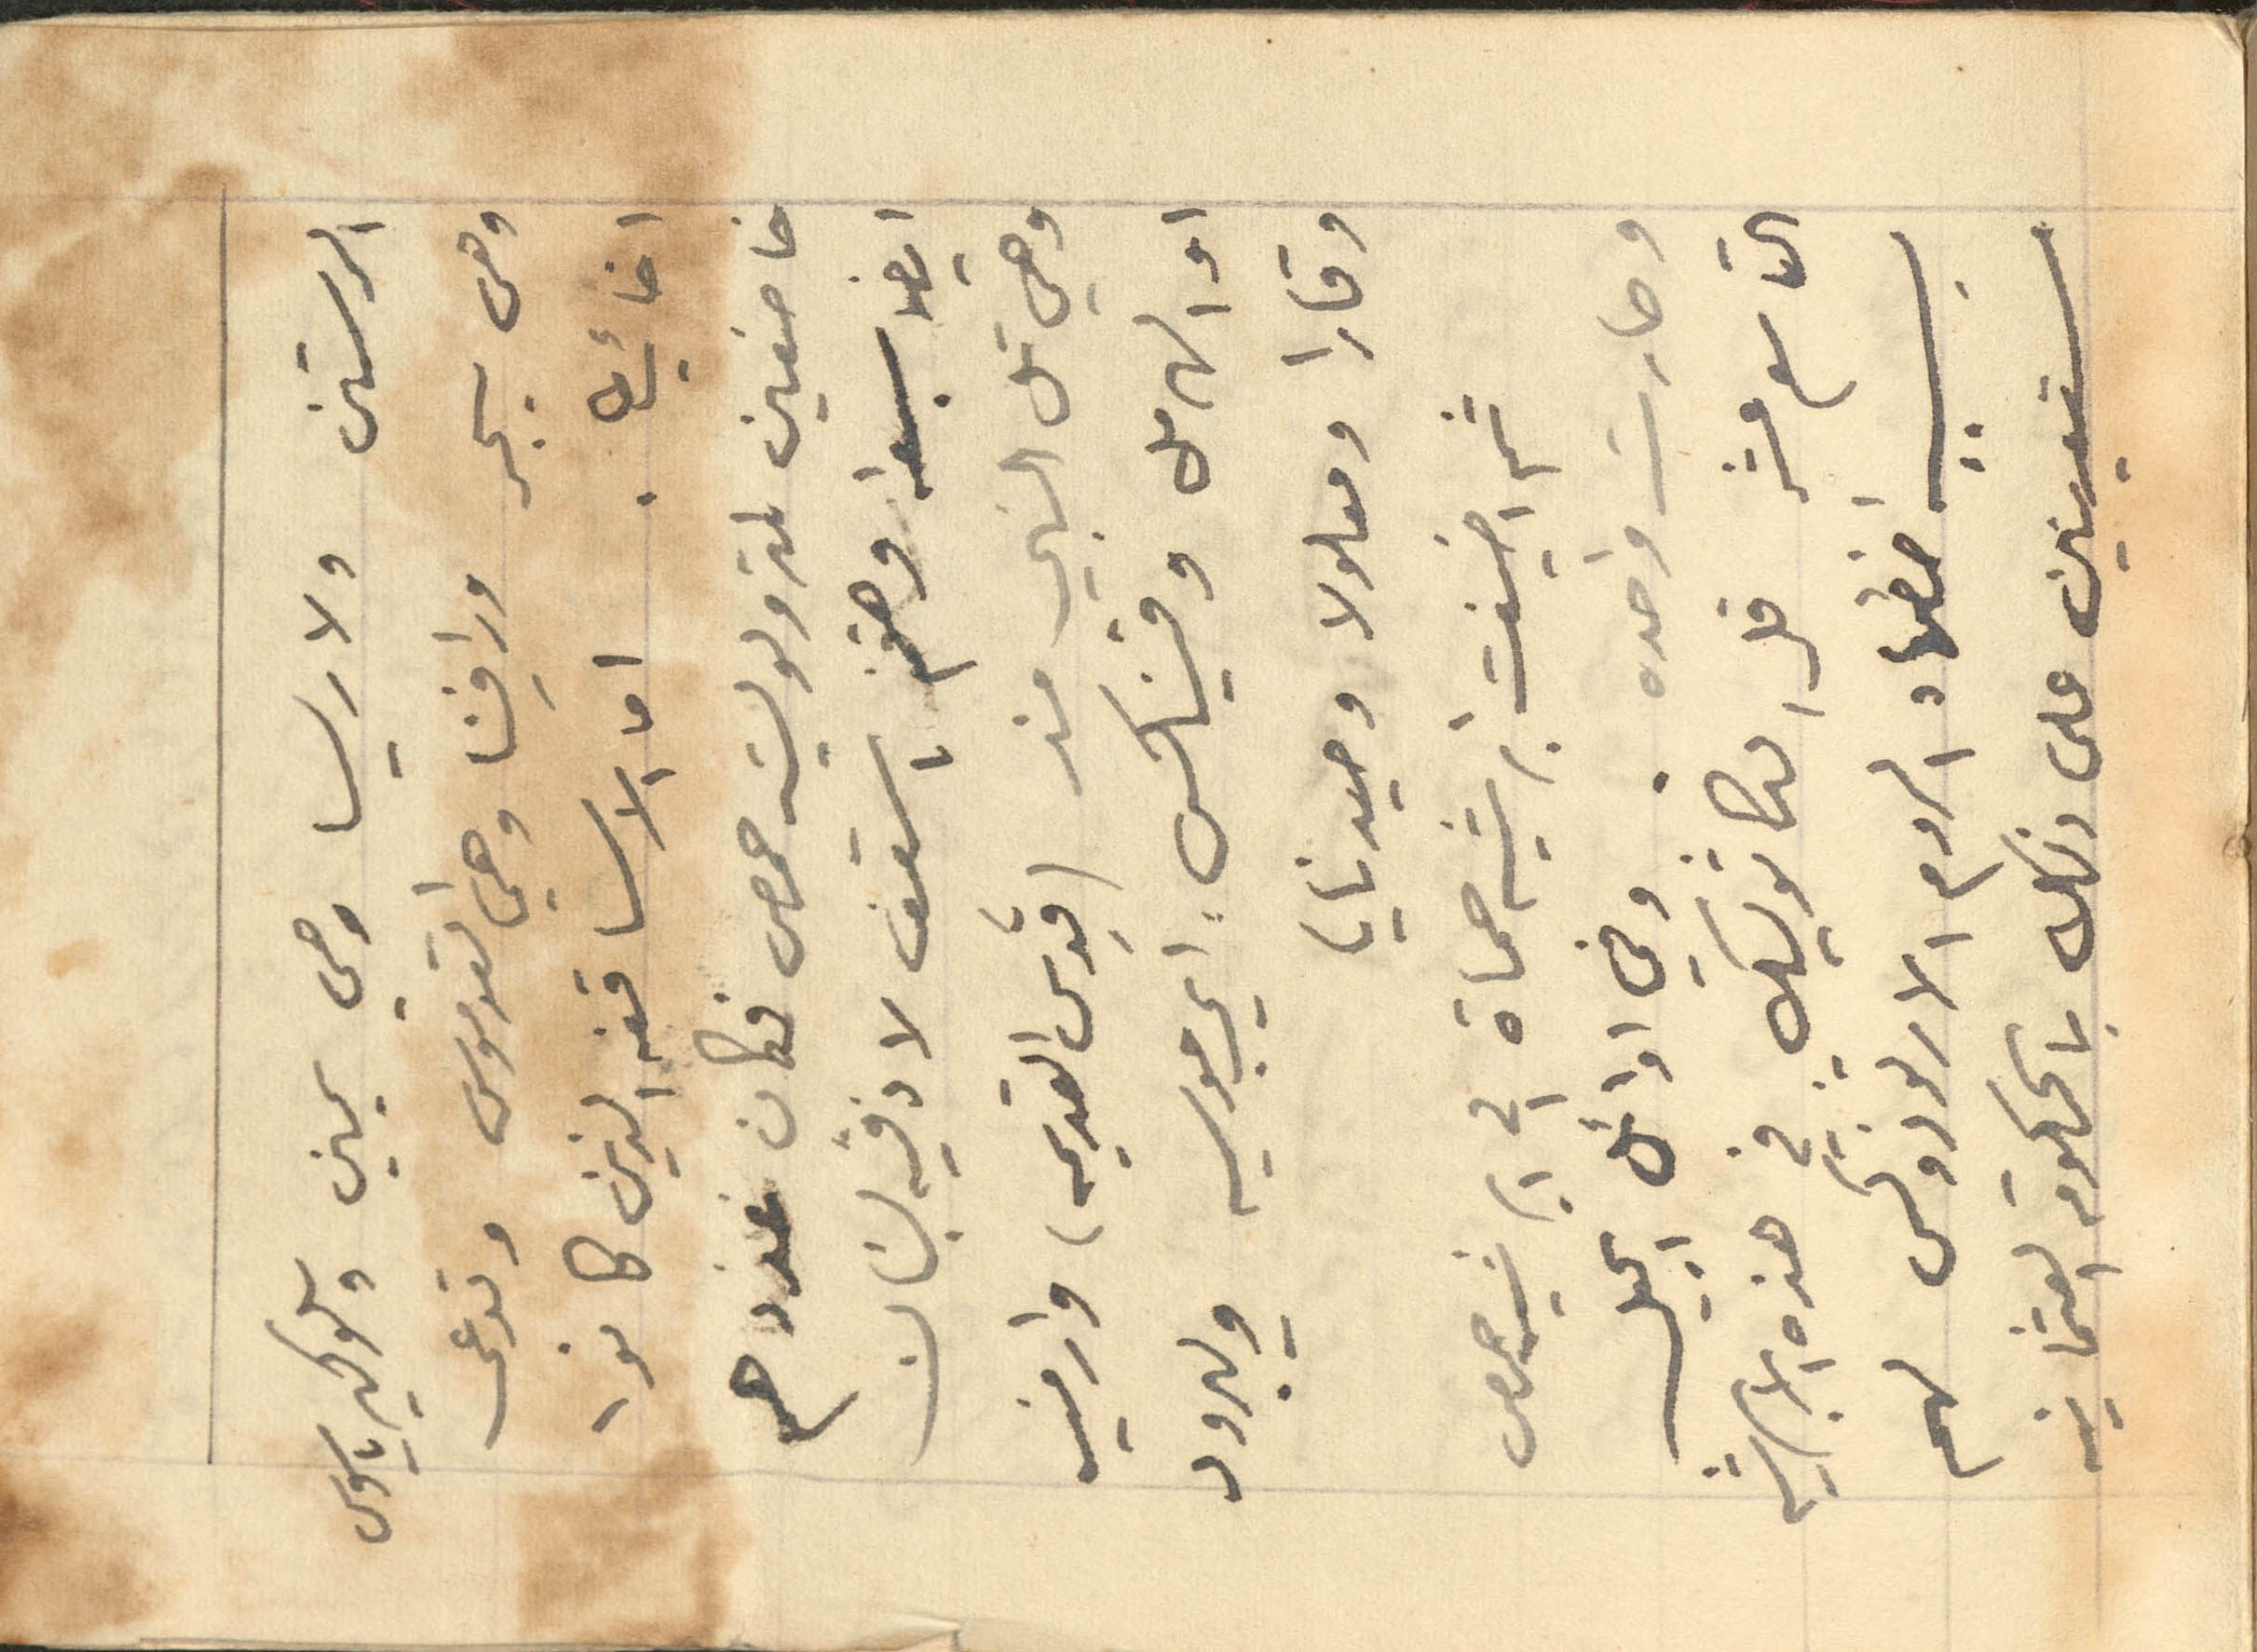
الرستن ولاريسا وهي يمين وسلوكيرياسوس
وهي سيجر ورافينا وهي القدموس وتدعى
اخائيطا. اما الاساقفه الذين كانوا
خاضعين لمتروبوليت حمص فكان عددهم
ايضا سبعه وهم اسقف لاذقية لبنان
وهي تل النبي مذ (قِدس القديمه) وارفيه
او الهرمل وفنيكس: اي جوسيه ويبرود
وقارا ومعلولا وصيدنايا
ثم اضيفت ابرشيه حماة في ابرشيه حمص
وصارت واحده . وفي اوائل الجيل
التاسع عشر قل الكاثوليك في هذه الابرشيه
بسبب اضطهاد الروم الارثوذوكس لهم
مستعينين على ذلك بالحكومة العثمانيه